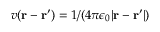
v ( \mathbf { r } - \mathbf { r } ^ { \prime } ) = 1 / ( 4 \pi \epsilon _ { 0 } | \mathbf { r } - \mathbf { r } ^ { \prime } | )